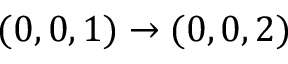
( 0 , 0 , 1 ) \rightarrow ( 0 , 0 , 2 )